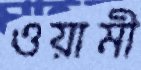
ওয়ামী